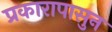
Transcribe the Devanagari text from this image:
प्रकारापासुन